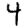
Digit: 4